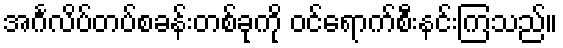
အင်္ဂလိပ်တပ်စခန်းတစ်ခုကို ဝင်ရောက်စီးနင်းကြသည်။